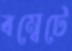
বম্বেটে